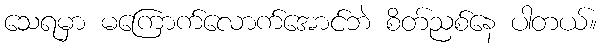
သေရမှာ မကြောက်လောက်အောင်ဘဲ စိတ်ညစ်နေ ပါတယ်။